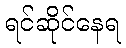
ရင်ဆိုင်နေရ